Report on the working of the mental hospitals for Indians in Bihar and Orissa - 1925-1929
Year: 1925
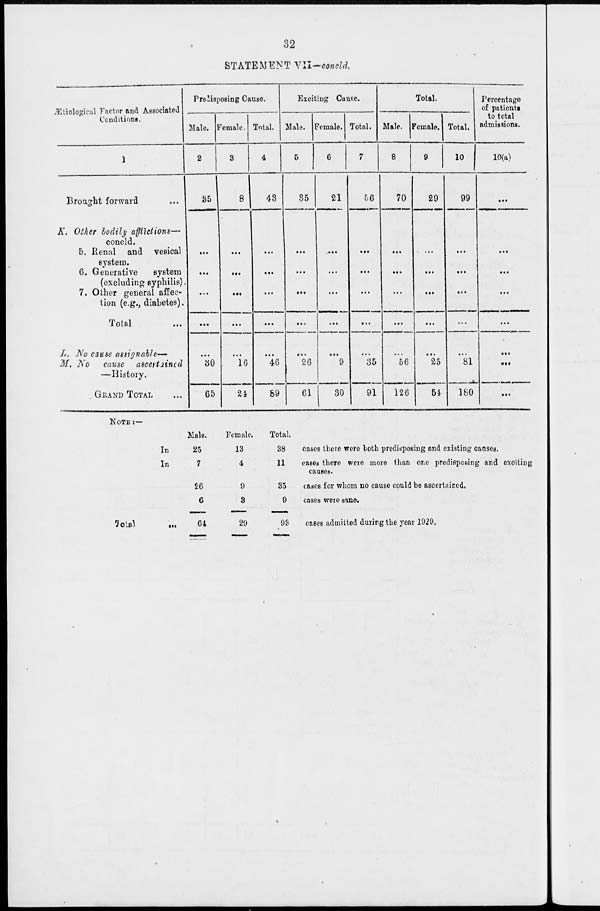
32
STATEMENT VII—concld.
Ætiological Factor and Associated
Conditions.
1
Brought forward ...
K. Other bodily
afflictions—
concld.
5. Renal and
vesical
system.
6. Generative
system
(excluding syphilis).
7. Other general affec-
tion (e.g., diabetes).
Total ...
L. No cause assignable—
M. No cause
ascertained
—History.
GRAND TOTAL ...
Predisposing Cause.
Male.
2
35
...
...
...
...
...
30
65
Female.
3
8
...
...
...
...
...
16
24
Total.
4
43
...
...
...
...
...
46
89
Exciting Cause.
Male.
5
35
...
...
...
...
...
26
61
Female.
6
21
...
...
...
...
...
9
30
Total.
7
56
...
...
...
...
...
35
91
Total.
Male.
8
70
...
...
...
...
...
56
126
Female.
9
29
...
...
...
...
...
25
54
Total.
10
99
...
...
...
...
...
81
180
Percentage
of patients
to total
admissions.
10(a)
...
...
...
...
...
...
...
...
NOTE :—
In
In
Total ...
Male.
25
7
26
6
64
Female.
13
4
9
3
29
Total.
38
11
35
9
93
cases there were both predisposing and existing causes.
cases there were more than one predisposing and exciting
causes.
cases for whom no cause could be ascertained.
cases were sane.
cases admitted during the year 1929.